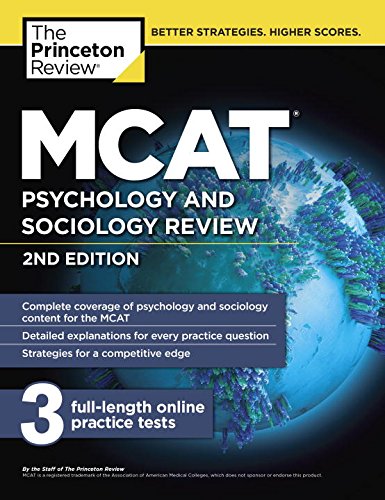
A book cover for MCAT Psychology and Sociology Review, 2nd Edition (Graduate School Test Preparation); Princeton Review; Test Preparation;